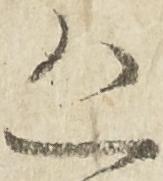
恐